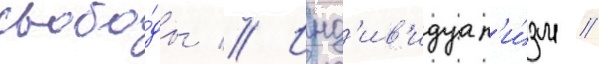
свобо́ды // Инд'ив'идуал'и́зм //